65_HS1-834228961_62-HQ-83894_Section_9
Agency: FBI
Page 105
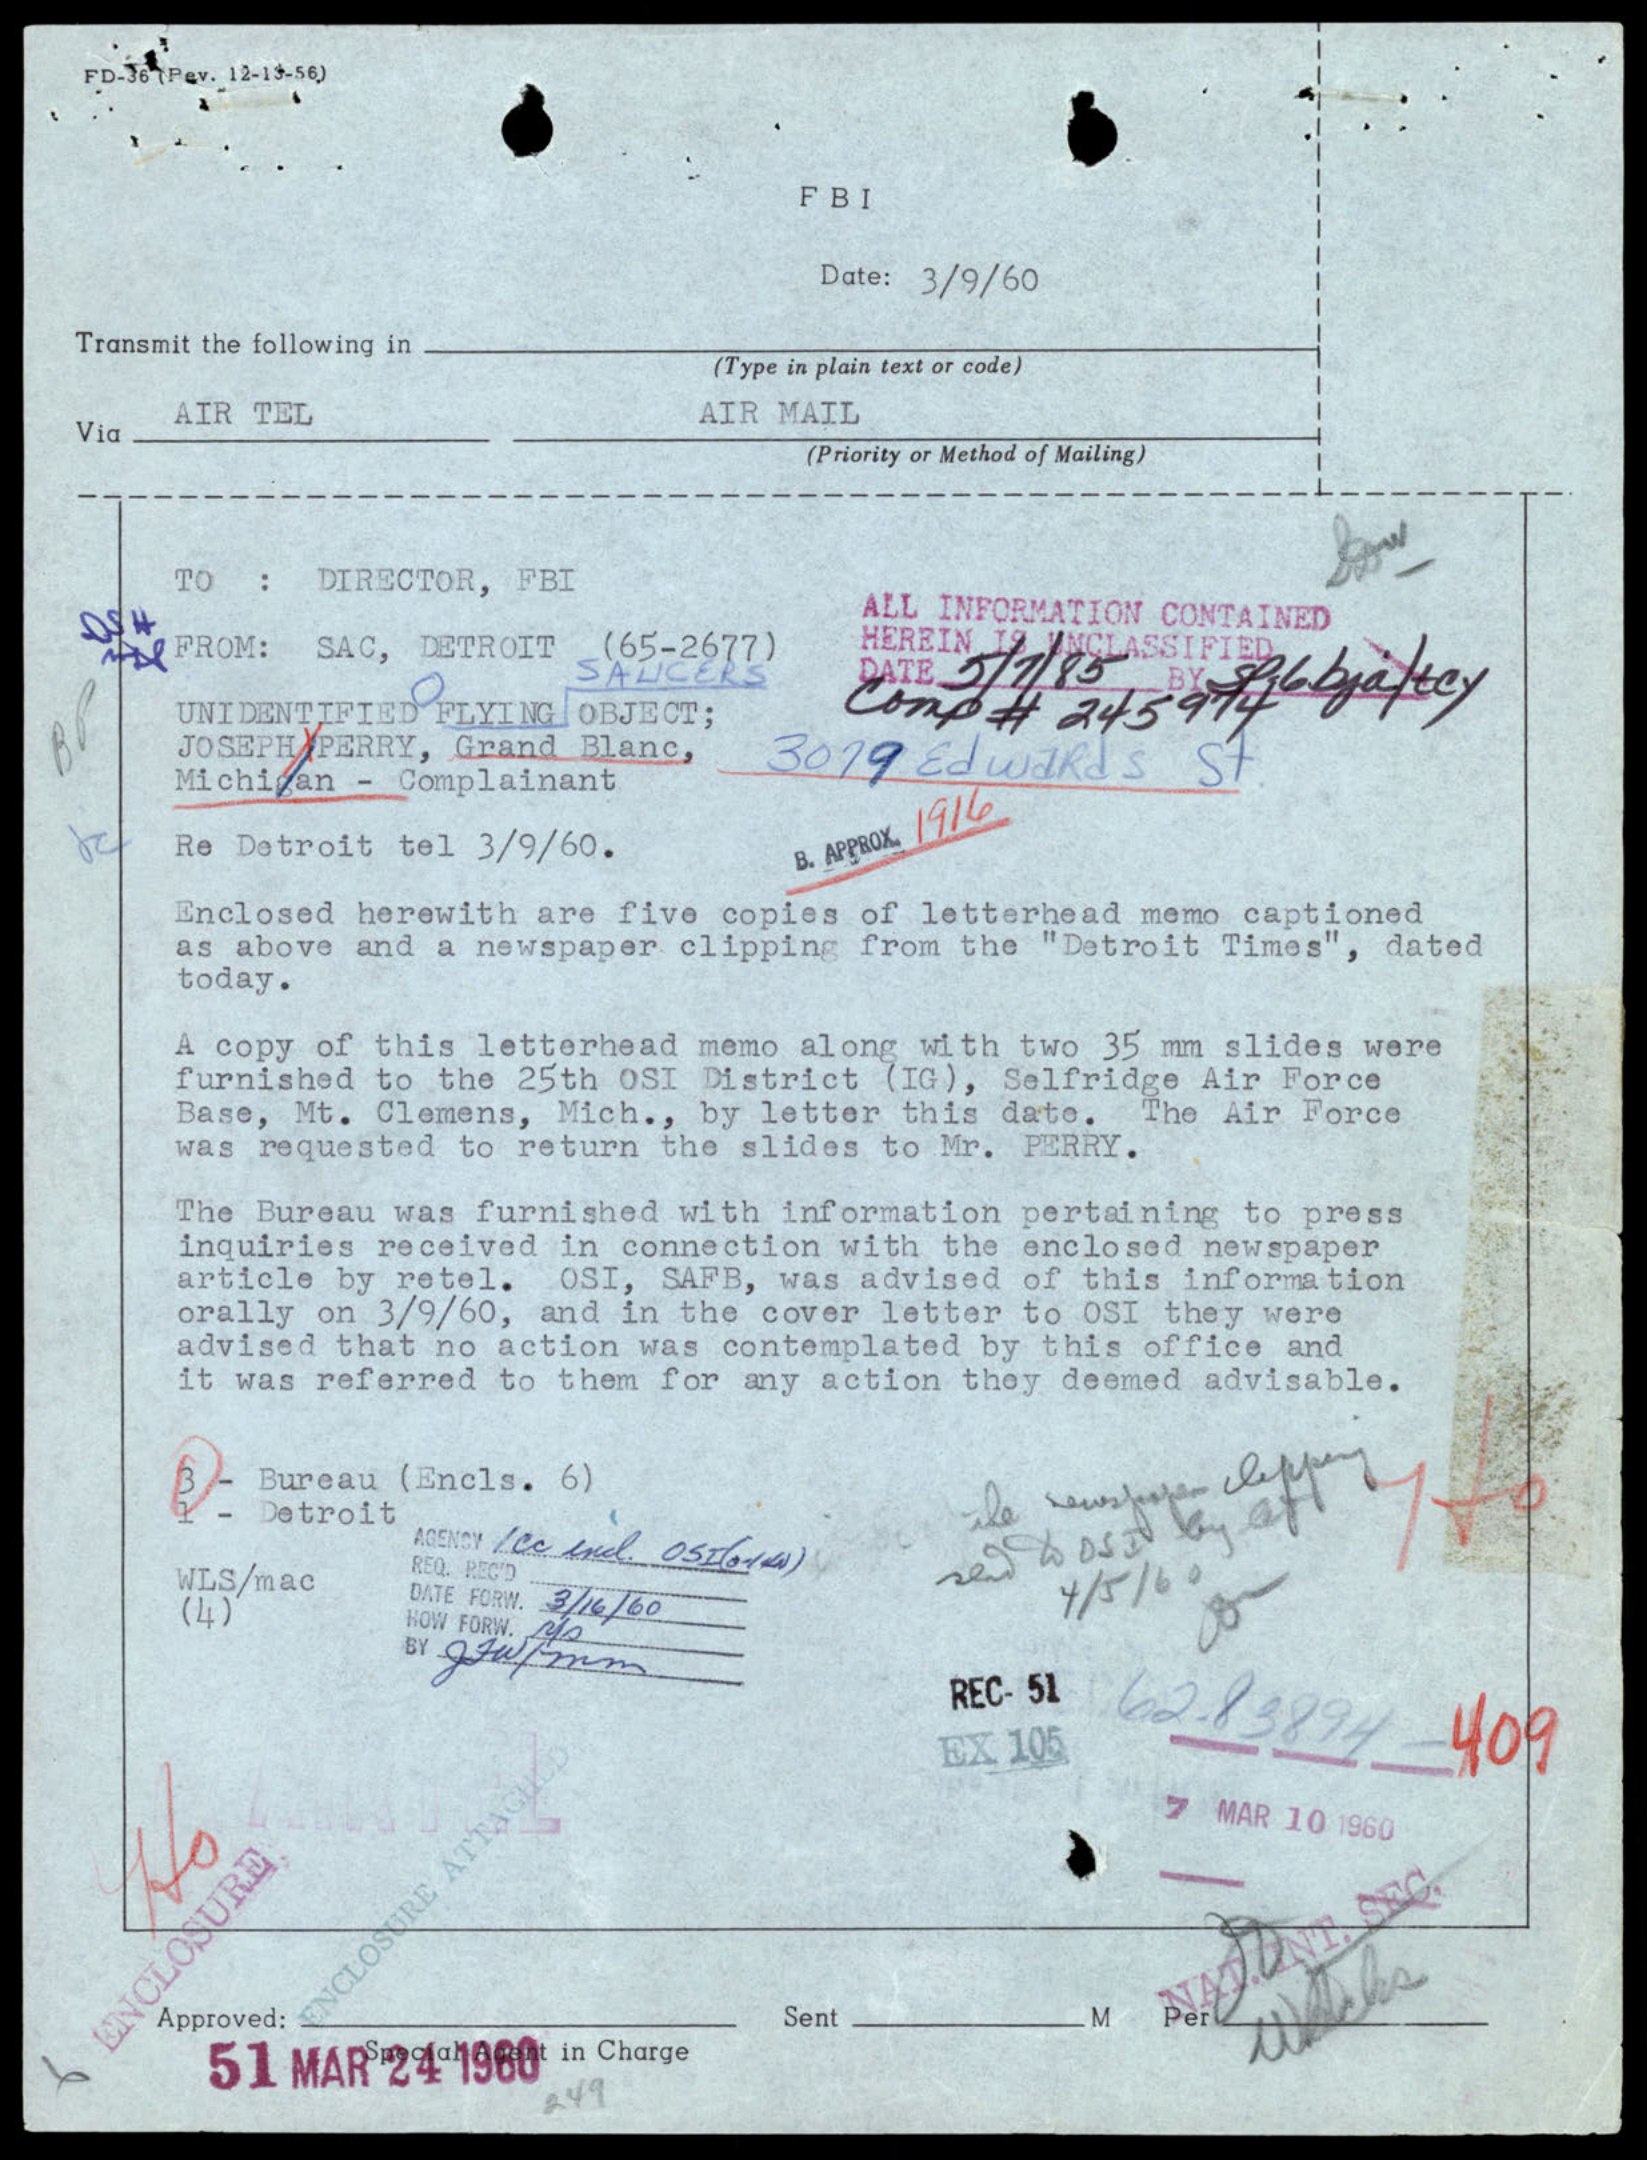